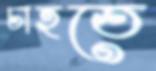
চাহতে